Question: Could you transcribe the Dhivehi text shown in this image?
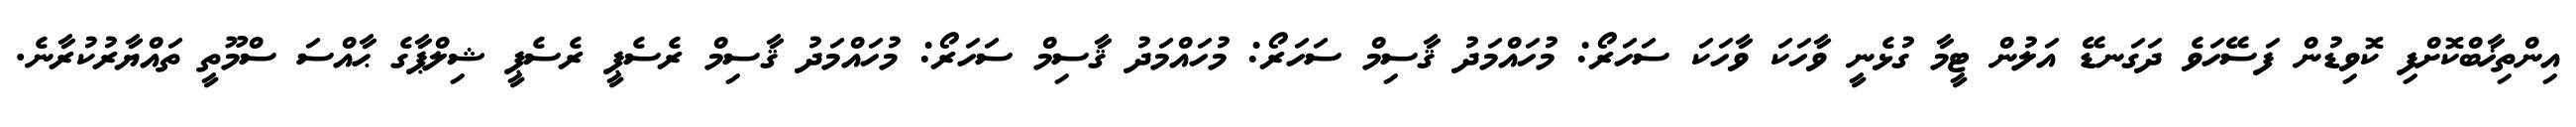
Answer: އިންތިޚާބްކޮށްފި ކޮވިޑުން ފަސޭހަވެ ދަގަނޑޭ އަލުން ޓީމާ ގުޅެނީ ވާހަކަ ވާހަކަ ސަހަރޯ: މުހައްމަދު ޤާސިމް ސަހަރޯ: މުހައްމަދު ޤާސިމް ސަހަރޯ: މުހައްމަދު ޤާސިމް ރެސެޕީ ރެސެޕީ ޝިލްޕާގެ ޙާއްސަ ސްމޫތީ ތައްޔާރުކުރާނެ.